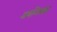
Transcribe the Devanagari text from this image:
अवन्तिखंड